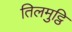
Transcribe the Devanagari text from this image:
तिलमुट्ठि